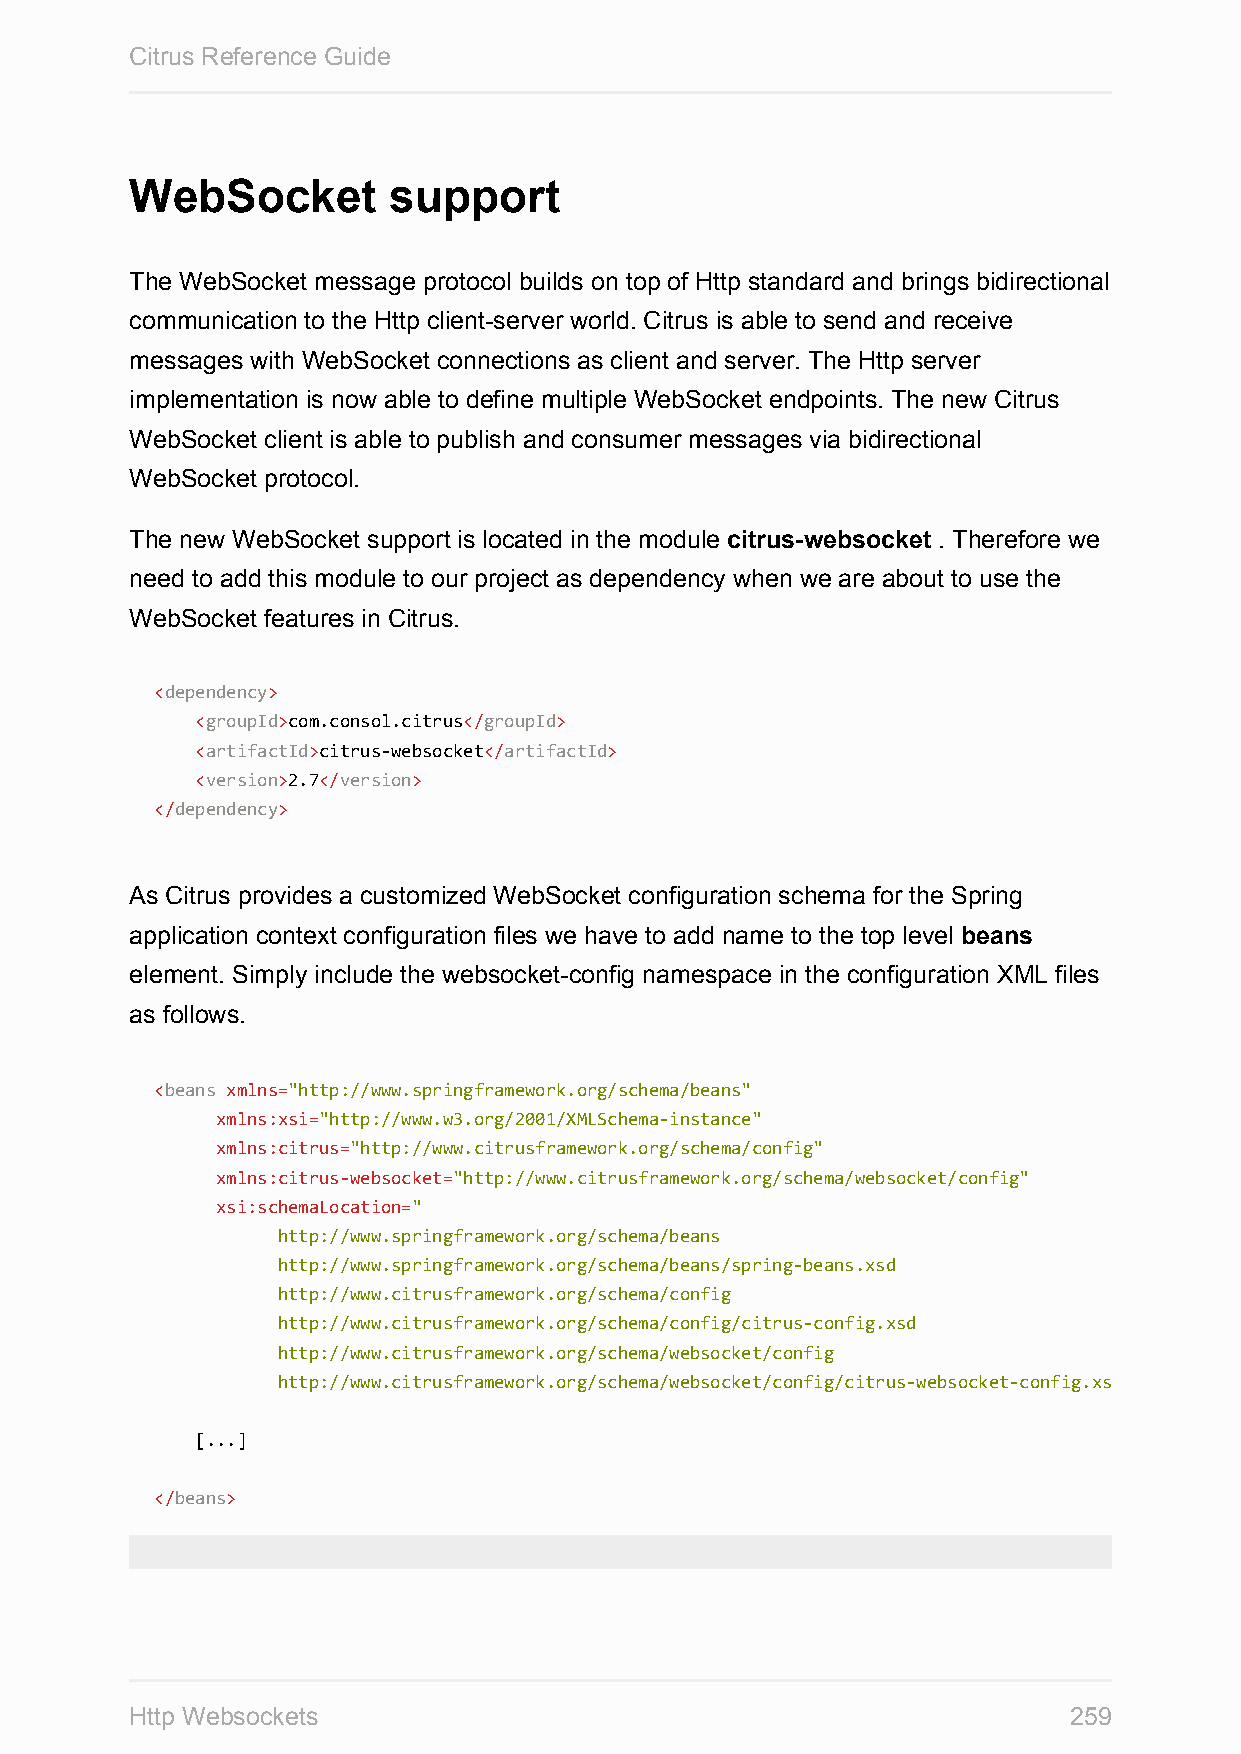
Citrus Reference Guide
 WebSocket        support
 The WebSocket message protocol builds on top of Http standard and brings bidirectional
 communication to the Http client-server world. Citrus is able to send and receive
 messages with WebSocket connections as client and server. The Http server
 implementation is now able to define multiple WebSocket endpoints. The new Citrus
 WebSocket client is able to publish and consumer messages via bidirectional
 WebSocket protocol.
 The new WebSocket support is located in the module citrus-websocket . Therefore we
 need to add this module to our project as dependency when we are about to use the
 WebSocket features in Citrus.
 <dependency>
 <groupId>com.consol.citrus</groupId>
 <artifactId>citrus-websocket</artifactId>
 <version>2.7</version>
 </dependency>
 As Citrus provides a customized WebSocket configuration schema for the Spring
 application context configuration files we have to add name to the top level beans
 element. Simply include the websocket-config namespace in the configuration XML files
 as follows.
 <beans xmlns="http://www.springframework.org/schema/beans"
 xmlns:xsi="http://www.w3.org/2001/XMLSchema-instance"
 xmlns:citrus="http://www.citrusframework.org/schema/config"
 xmlns:citrus-websocket="http://www.citrusframework.org/schema/websocket/config"
 xsi:schemaLocation="
 http://www.springframework.org/schema/beans
 http://www.springframework.org/schema/beans/spring-beans.xsd
 http://www.citrusframework.org/schema/config
 http://www.citrusframework.org/schema/config/citrus-config.xsd
 http://www.citrusframework.org/schema/websocket/config
 http://www.citrusframework.org/schema/websocket/config/citrus-websocket-config.xsd"
 [...]
 </beans>
 Http Websockets                                               259